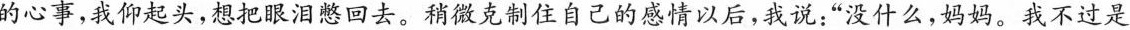
的心事，我仰起头，想把眼泪憋回去。稍微克制住自己的感情以后，我说：”没什么，妈妈。我不过是